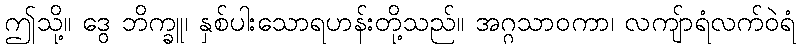
ဤသို့။ ဒွေ ဘိက္ခူ၊ နှစ်ပါးသောရဟန်းတို့သည်။ အဂ္ဂသာဝကာ၊ လကျ်ာရံလက်ဝဲရံ